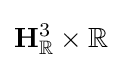
\mathbf {H} _{\mathbb {R} }^{3}\times \mathbb {R}